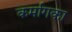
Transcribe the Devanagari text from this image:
कर्मागका